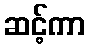
ဆင့်ကာ